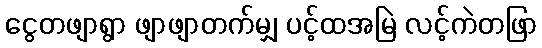
ငွေတဖျာရွာ ဖျာဖျာတက်မျှ ပင့်ထအမြဲ လင့်ကဲတဖြာ